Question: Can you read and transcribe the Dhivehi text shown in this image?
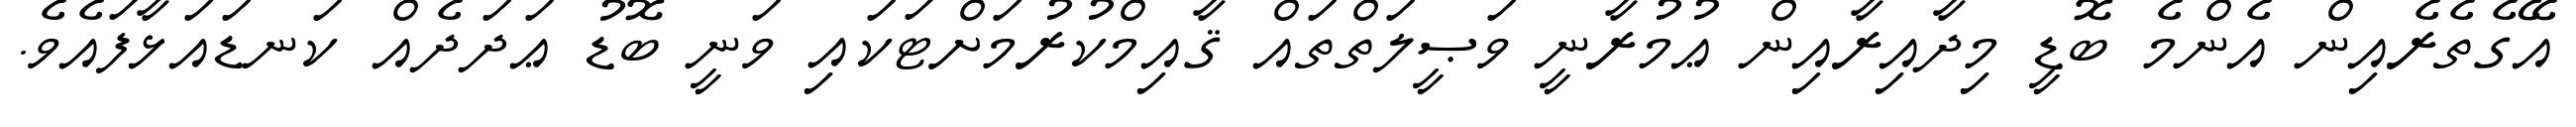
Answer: އޭގެތެރެއިން އެންމެ ބޮޑީ މިދާއިރާއިން ޢުމުރާނީ ވަޞީލަތްތައް ޤާއިމްކުރުމަށްޓަކައި ވަނީ ބޮޑު ޢަދަދެއް ކަނޑައަޅާފައެވެ.